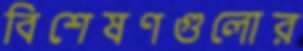
বিশেষণগুলোর